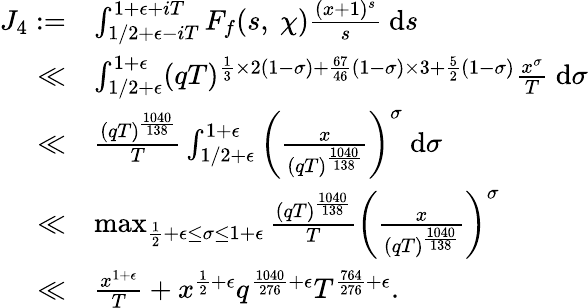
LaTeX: \begin{array}{rl}{J_{4}:=}&{\int_{1/2+\epsilon-iT}^{1+\epsilon+iT}F_{f}(s,\ \chi)\frac{(x+1)^{s}}{s}\ \mathrm{d}s}\\ {\ll}&{\int_{1/2+\epsilon}^{1+\epsilon}(qT)^{\frac{1}{3}\times 2(1-\sigma)+\frac{67}{46}(1-\sigma)\times 3+\frac{5}{2}(1-\sigma)}\frac{x^{\sigma}}{T}\ \mathrm{d}\sigma}\\ {\ll}&{\frac{(qT)^{\frac{1040}{138}}}{T}\int_{1/2+\epsilon}^{1+\epsilon}\left(\frac{x}{(qT)^{\frac{1040}{138}}}\right)^{\sigma}\ \mathrm{d}\sigma}\\ {\ll}&{\operatorname*{max}_{\frac{1}{2}+\epsilon\leq\sigma\leq 1+\epsilon}\frac{(qT)^{\frac{1040}{138}}}{T}\left(\frac{x}{(qT)^{\frac{1040}{138}}}\right)^{\sigma}}\\ {\ll}&{\frac{x^{1+\epsilon}}{T}+x^{\frac{1}{2}+\epsilon}q^{\frac{1040}{276}+\epsilon}T^{\frac{764}{276}+\epsilon}.}\end{array}